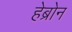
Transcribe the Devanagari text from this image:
हेब्रोन